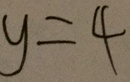
y = 4